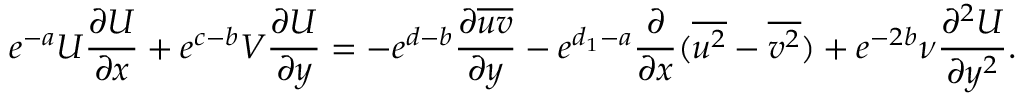
e ^ { - a } U \frac { \partial U } { \partial x } + e ^ { c - b } V \frac { \partial U } { \partial y } = - e ^ { d - b } \frac { \partial { \overline { { u v } } } } { \partial { y } } - e ^ { d _ { 1 } - a } \frac { \partial } { \partial x } ( \overline { { u ^ { 2 } } } - \overline { { v ^ { 2 } } } ) + e ^ { - 2 b } \nu \frac { \partial ^ { 2 } U } { \partial y ^ { 2 } } .